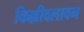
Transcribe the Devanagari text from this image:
किल्लीवलावन